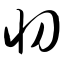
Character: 忉